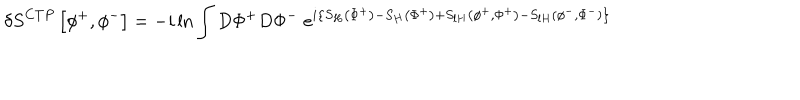
LaTeX: \delta S ^ { C T P } \left[ \phi ^ { + } , \phi ^ { - } \right] = - i \ln \int D \Phi ^ { + } D \Phi ^ { - } \; e ^ { i \left\{ S _ { H } \left( \Phi ^ { + } \right) - S _ { H } \left( \Phi ^ { + } \right) + S _ { l H } \left( \phi ^ { + } , \Phi ^ { + } \right) - S _ { l H } \left( \phi ^ { - } , \Phi ^ { - } \right) \right\} }